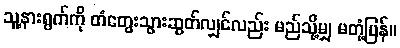
သူ့နားရွက်ကို တံတွေးသွားဆွတ်လျှင်လည်း မည်သို့မျှ မတုံ့ပြန်။